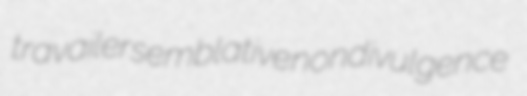
travailer semblative nondivulgence